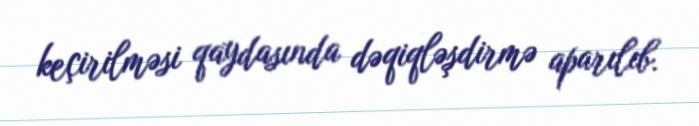
keçirilməsi qaydasında dəqiqləşdirmə aparılıb.